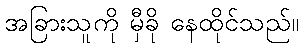
အခြားသူကို မှီခို နေထိုင်သည်။